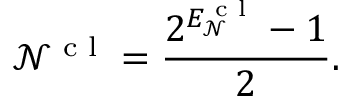
\mathcal { N } ^ { \textrm { c l } } = \frac { 2 ^ { E _ { \mathcal { N } } ^ { \textrm { c l } } } - 1 } { 2 } .